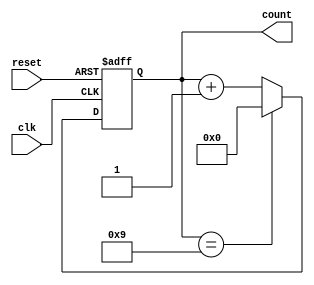
module bcd_counter (
    input wire clk,       // Clock input
    input wire reset,     // Asynchronous reset input
    output reg [3:0] count // 4-bit output for the current count
);

// Always block for synchronous logic
always @(posedge clk or posedge reset) begin
    if (reset) begin
        count <= 4'b0000; // Reset the count to 0
    end else if (count == 4'b1001) begin
        count <= 4'b0000; // Reset to 0 after reaching 9
    end else begin
        count <= count + 1; // Increment the count
    end
end

endmodule